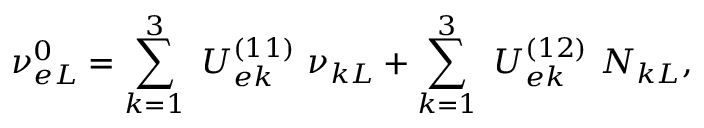
\nu _ { e L } ^ { 0 } = \sum _ { k = 1 } ^ { 3 } ~ U _ { e k } ^ { ( 1 1 ) } ~ \nu _ { k L } + \sum _ { k = 1 } ^ { 3 } ~ U _ { e k } ^ { ( 1 2 ) } ~ N _ { k L } ,